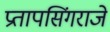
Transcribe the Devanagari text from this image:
प्रतापसिंगराजे